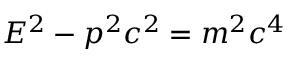
E ^ { 2 } - p ^ { 2 } c ^ { 2 } = m ^ { 2 } c ^ { 4 }